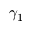
\gamma _ { 1 }